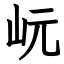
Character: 岏